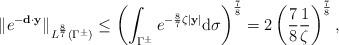
LaTeX: \begin{align*} \|e^{-\mathbf d\cdot \mathbf y}\|_{L^{\frac{8}{7}}(\Gamma ^\pm )} \leq \left(\int_{\Gamma^\pm}e^{-\frac{8}{7}\zeta \vert \mathbf y\vert}\mathrm d\sigma\right)^\frac{7}{8} =2\left( \frac{7}{8}\frac{1}{\zeta}\right)^{\frac{7}{8}}, \end{align*}